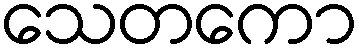
သေတကော